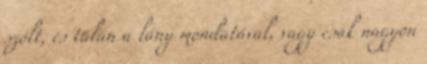
szólt, és talán a lány mondatával, vagy csak nagyon